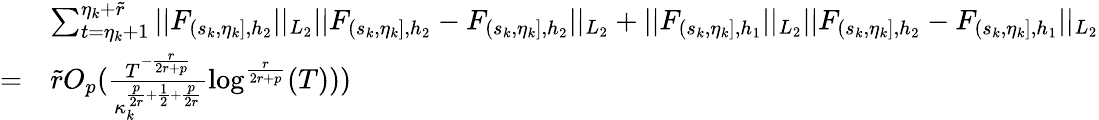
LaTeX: \begin{array}{rl}&{\sum_{t=\eta_{k}+1}^{\eta_{k}+\widetilde{r}}\vert\vert F_{(s_{k},\eta_{k}],{h_{2}}}\vert\vert_{L_{2}}\vert\vert F_{(s_{k},\eta_{k}],{h_{2}}}-F_{(s_{k},\eta_{k}],{h_{2}}}\vert\vert_{L_{2}}+\vert\vert F_{(s_{k},\eta_{k}],{h_{1}}}\vert\vert_{L_{2}}\vert\vert F_{(s_{k},\eta_{k}],{h_{2}}}-F_{(s_{k},\eta_{k}],{h_{1}}}\vert\vert_{L_{2}}}\\ {=}&{\widetilde{r}O_{p}(\frac{T^{-\frac{r}{2r+p}}}{\kappa_{k}^{\frac{p}{2r}+\frac{1}{2}+\frac{p}{2r}}}\log^{\frac{r}{2r+p}}(T)))}\end{array}